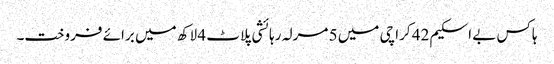
ہاکس بے اسکیم 42 کراچی میں 5 مرلہ رہائشی پلاٹ 4 لاکھ میں برائے فروخت۔